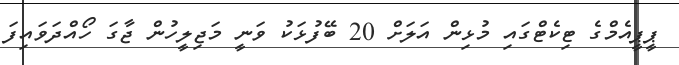
ޕީޕީއެމްގެ ޓިކެޓްގައި މުޅިން އަލަށް 20 ބޭފުޅަކު ވަނީ މަޖިލީހުން ޖާގަ ހޯއްދަވައިފަ